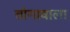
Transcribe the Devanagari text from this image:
तांगावाला